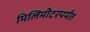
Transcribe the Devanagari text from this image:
मिलिमीटरपर्यंत